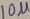
Text: 10µ